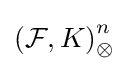
\left({\mathcal {F}},K\right)_{\otimes }^{n}